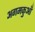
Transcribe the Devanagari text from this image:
अगमकुआँ